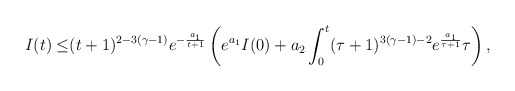
\begin{align*}I(t) \leq & (t+1)^{2-3(\gamma-1)} e^{-\frac{a_1}{t+1}} \left( e^{a_1} I(0)+a_2 \int_{0}^{t}(\tau+1)^{3(\gamma-1)-2} e^{ \frac{a_1}{\tau+1} } \tau \right),\end{align*}